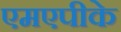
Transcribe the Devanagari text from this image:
एमएपीके